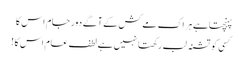
پہنچتاہے ہر اک مے کش کے آگے دور جام اس کا
کسی کو تشنہ لب رکھتا نہیں ہے لطف عام اس کا !